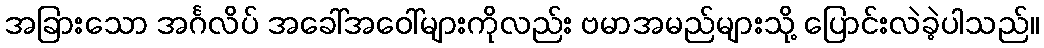
အခြားသော အင်္ဂလိပ် အခေါ်အဝေါ်များကိုလည်း ဗမာအမည်များသို့ ပြောင်းလဲခဲ့ပါသည်။